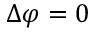
\Delta \varphi = 0